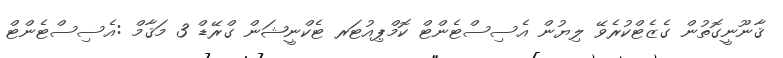
ޤާނޫނީގޮތުން ގެޒެޓްކުރެވޭ ލިޔުން އެސިސްޓެންޓް ކޮމްޕިއުޓަރ ޓެކްނީޝަން ގްރޭޑް 3 މަޤާމް :އެސިސްޓެންޓް